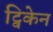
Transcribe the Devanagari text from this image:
ट्विकेन